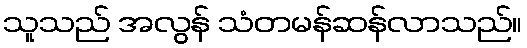
သူသည် အလွန် သံတမန်ဆန်လာသည်။